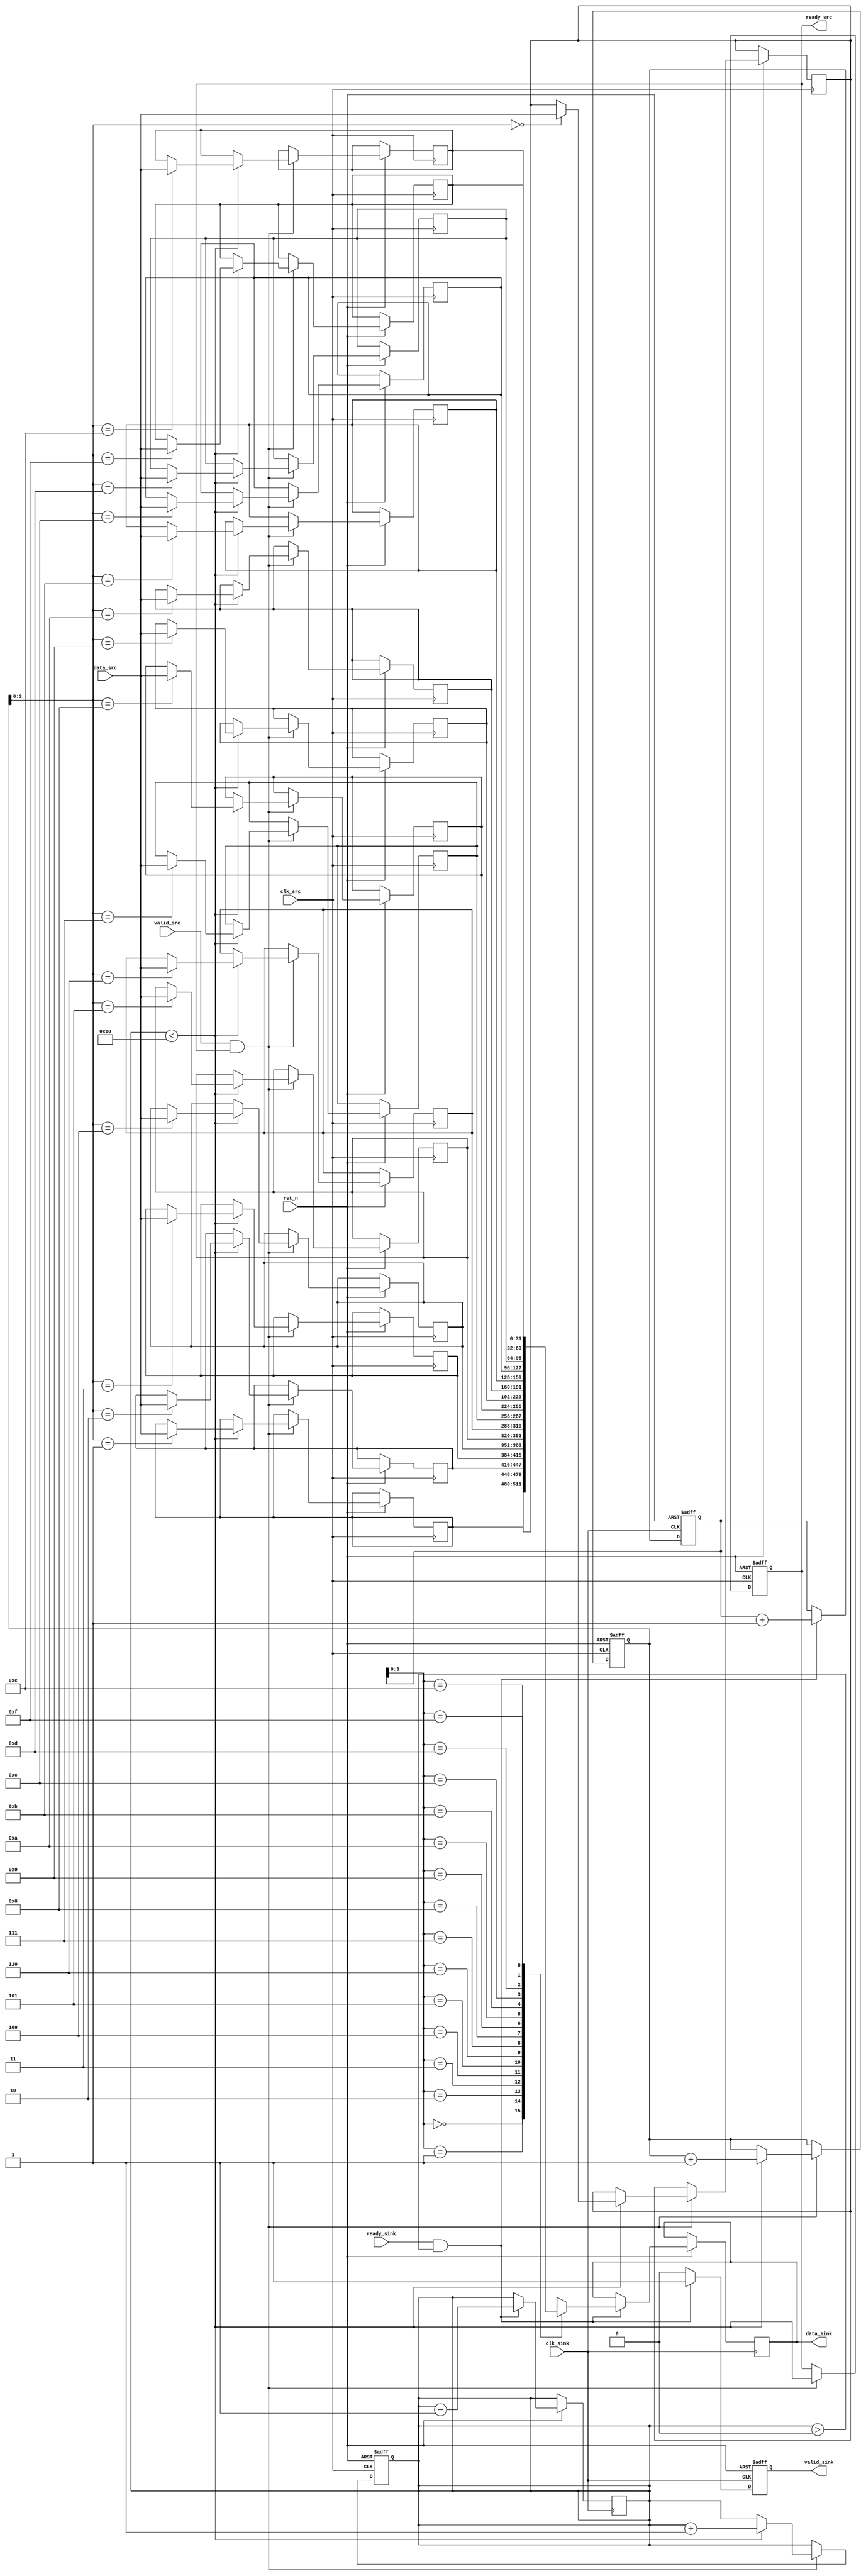
module burst_mode_synchronizer #(
    parameter DATA_WIDTH = 32,
    parameter FIFO_DEPTH = 16
)(
    input wire clk_src,          // Source clock
    input wire clk_sink,         // Sink clock
    input wire rst_n,            // Active low reset
    input wire valid_src,        // Source valid signal
    input wire [DATA_WIDTH-1:0] data_src, // Data from source
    output reg ready_src,        // Source ready signal
    output reg valid_sink,       // Sink valid signal
    output reg [DATA_WIDTH-1:0] data_sink, // Data to sink
    input wire ready_sink        // Sink ready signal
);

    // FIFO Buffer
    reg [DATA_WIDTH-1:0] fifo [0:FIFO_DEPTH-1];
    reg [4:0] wr_ptr, rd_ptr;
    reg [4:0] fifo_count;

    // Handshake signals
    reg fifo_write_en;
    reg fifo_read_en;

    // Synchronization logic for valid and ready signals
    reg valid_src_sync;
    reg ready_sink_sync;

    // Synchronize valid signal
    always @(posedge clk_sink or negedge rst_n) begin
        if (!rst_n) begin
            valid_src_sync <= 1'b0;
        end else begin
            valid_src_sync <= valid_src; // Synchronize valid signal
        end
    end

    // Synchronize ready signal
    always @(posedge clk_src or negedge rst_n) begin
        if (!rst_n) begin
            ready_sink_sync <= 1'b1; // Initialize to ready
        end else begin
            ready_sink_sync <= ready_sink; // Synchronize ready signal
        end
    end

    // FIFO Write Logic
    always @(posedge clk_src or negedge rst_n) begin
        if (!rst_n) begin
            wr_ptr <= 0;
            fifo_count <= 0;
            ready_src <= 1'b1; // Initially ready to accept data
        end else if (valid_src && ready_src) begin
            if (fifo_count < FIFO_DEPTH) begin
                fifo[wr_ptr] <= data_src;
                wr_ptr <= wr_ptr + 1;
                fifo_count <= fifo_count + 1;
            end
            ready_src <= (fifo_count < FIFO_DEPTH); // Update ready signal
        end
    end

    // FIFO Read Logic
    always @(posedge clk_sink or negedge rst_n) begin
        if (!rst_n) begin
            rd_ptr <= 0;
            fifo_read_en <= 1'b0;
            valid_sink <= 1'b0;
        end else if (ready_sink && (fifo_count > 0)) begin
            data_sink <= fifo[rd_ptr];
            rd_ptr <= rd_ptr + 1;
            fifo_count <= fifo_count - 1;
            valid_sink <= 1'b1; // Data is valid to be read
        end else begin
            valid_sink <= 1'b0; // Data not valid if not ready
        end
    end

    // FIFO Read Enable
    always @(posedge clk_sink or negedge rst_n) begin
        if (!rst_n) begin
            fifo_read_en <= 1'b0;
        end else begin
            fifo_read_en <= valid_sink && ready_sink; // Enable read if valid and ready
        end
    end

endmodule